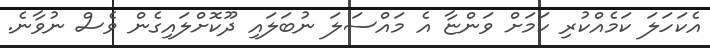
އެކަހަލަ ކަމެއްކުރި ކަމަށް ވަންޏާ އެ މައްސަލަ ނުބަލައި ދޫކޮށްލައިގެން ވެސް ނުވާނެ.